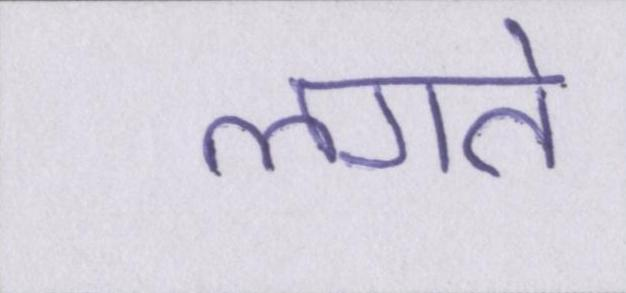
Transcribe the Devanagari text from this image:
लगते